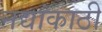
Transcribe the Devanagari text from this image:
नद्यांकाठी